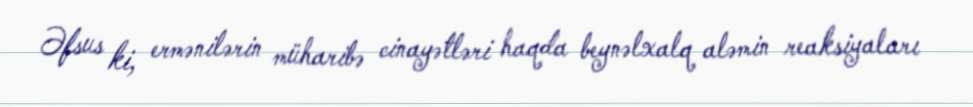
Əfsus ki, ermənilərin müharibə cinayətləri haqda beynəlxalq aləmin reaksiyaları